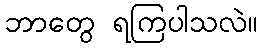
ဘာတွေ ရကြပါသလဲ။